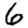
Digit: 6